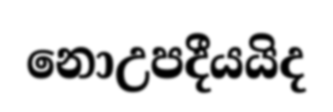
නොඋපදීයයිද